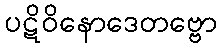
ပဋိဝိနောဒေတဗ္ဗော